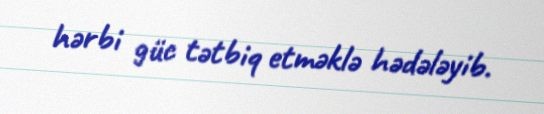
hərbi güc tətbiq etməklə hədələyib.